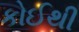
કોઈથી